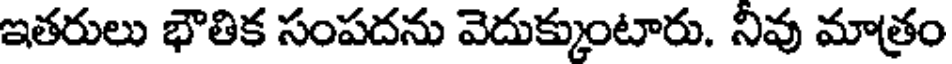
ఇతరులు భౌతిక సంపదను వెదుక్కుంటారు. నివు మాత్రం